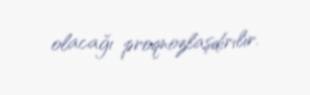
olacağı proqnozlaşdırılır.